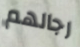
رجالهم